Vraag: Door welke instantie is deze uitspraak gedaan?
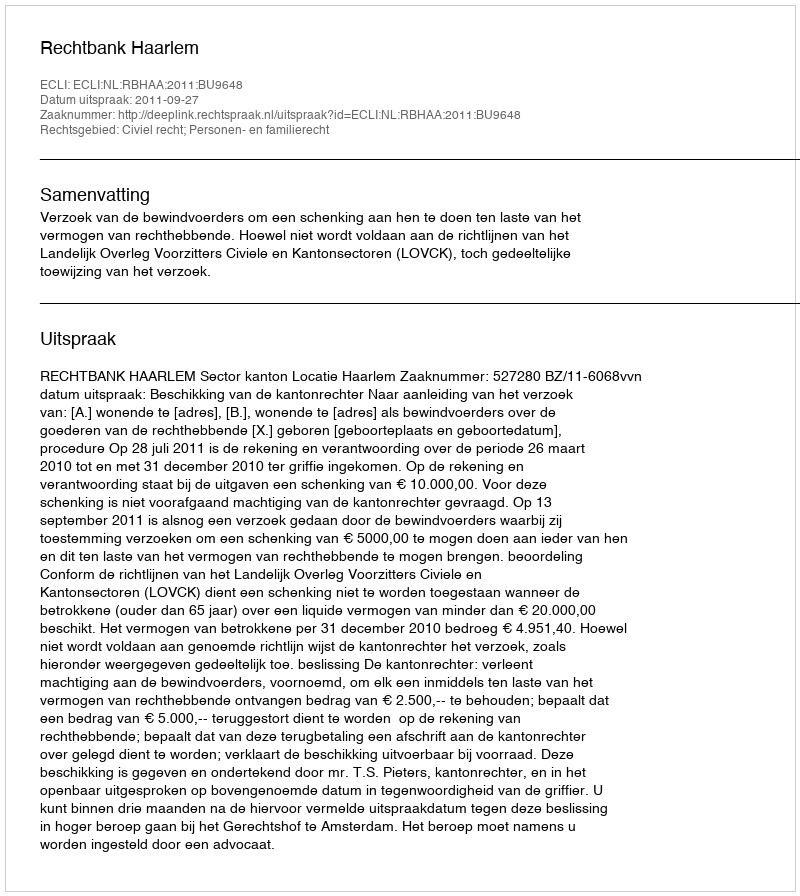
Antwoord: Rechtbank Haarlem